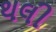
થલી